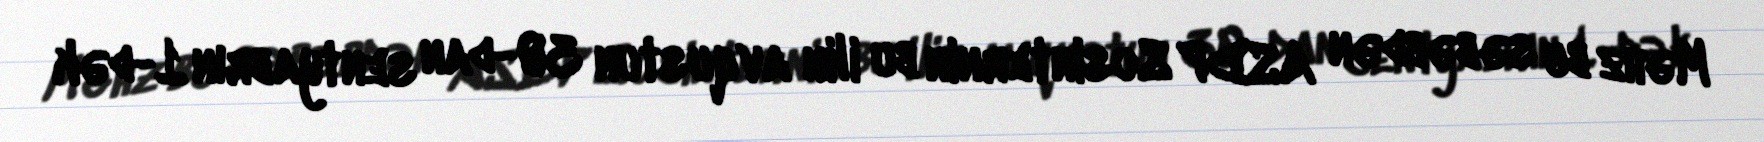
Məhz bu səbəbdən ASDP Sosinternin bu ilin avqustun 30-dan sentyabrın 1-dək